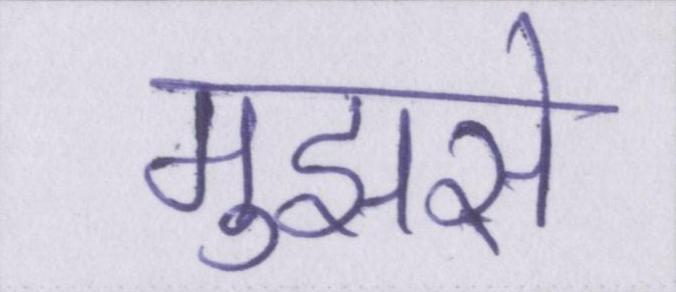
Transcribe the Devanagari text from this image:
मुझसे